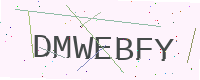
Text: DMWEBFY